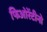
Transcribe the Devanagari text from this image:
फिओरेंटीनो